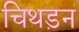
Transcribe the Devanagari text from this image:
चिथड़न